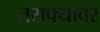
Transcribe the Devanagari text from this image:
तराफ्यावर